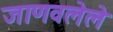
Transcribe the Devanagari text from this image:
जाणवलेले